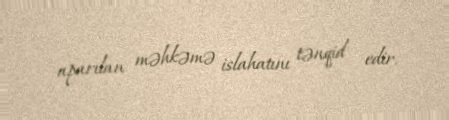
aparılan məhkəmə islahatını tənqid edir.